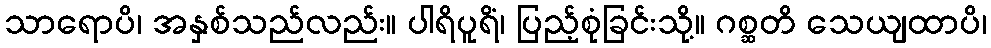
သာရောပိ၊ အနှစ်သည်လည်း။ ပါရိပူရိံ၊ ပြည့်စုံခြင်းသို့။ ဂစ္ဆတိ သေယျထာပိ၊